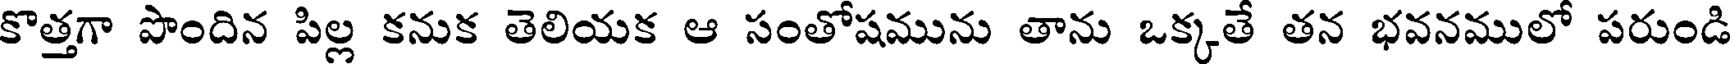
కొత్తగా పొందిన పిల్ల కనుక తెలియక ఆ సంతోషమును తాను ఒక్కతే తన భవనములో పరుండి